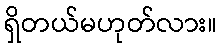
ရှိတယ်မဟုတ်လား။